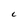
Character: C